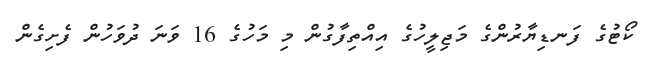
ކޯޓުގެ ފަނޑިޔާރުންގެ މަޖިލީހުގެ އިއްތިފާގުން މި މަހުގެ 16 ވަނަ ދުވަހުން ފެށިގެން